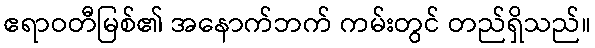
ဧရာဝတီမြစ်၏ အနောက်ဘက် ကမ်းတွင် တည်ရှိသည်။